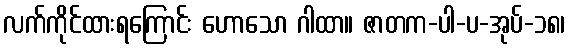
လက်ကိုင်ထားရကြောင်း ဟောသော ဂါထာ။ ဇာတက-ပါ-ပ-အုပ်-၁၈၊